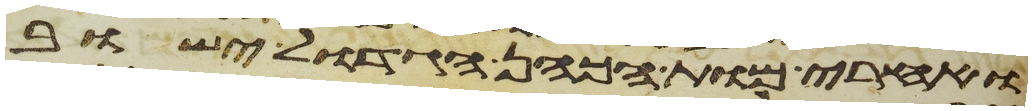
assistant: ואחרי מות הכהן הגדול ישוב